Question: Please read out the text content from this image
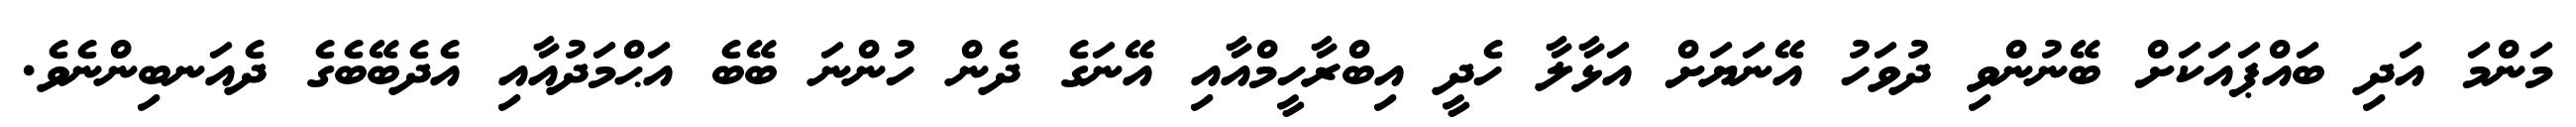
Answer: މަންމަ އަދި ބައްޕައަކަށް ބޭނުންވި ދުވަހު އޭނަޔަށް އަޅާލާ ހެދީ އިބްރާހީމްއާއި އޭނަގެ ދެން ހުންނަ ބޭބެ އަޙްމަދުއާއި އެދެބޭބެގެ ދެއަނބިންނެވެ.